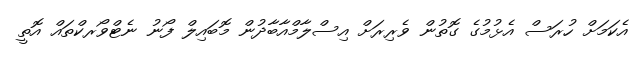
އެކަމަށް ހުރަސް އެޅުމުގެ ގޮތުން ވެރިރަށް އިސްލާމްއާބާދުން މޮބައިލް ފޯނު ނެޓްވޯރކްތައް އޮތީ